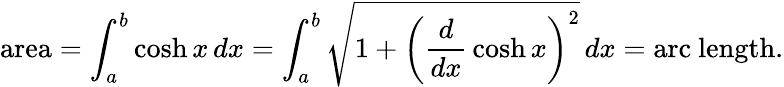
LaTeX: {\mathrm{area}}=\int_{a}^{b}\cosh x\, dx=\int_{a}^{b}{\sqrt{1+\left({\frac{d}{dx}}\cosh x\right)^{2}}}\, dx={\mathrm{arc~length.}}